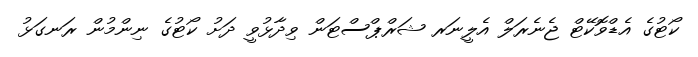
ކޯޓުގެ އެޑްވޮކޭޓް ޖެނެރަލް އެލީނަރ ޝަރްޕްސްޓަން ވިދާޅުވީ ދަށު ކޯޓުގެ ނިންމުން ރަނގަޅު